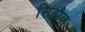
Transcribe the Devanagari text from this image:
सिडौल